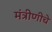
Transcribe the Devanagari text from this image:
मंत्रीणीचे